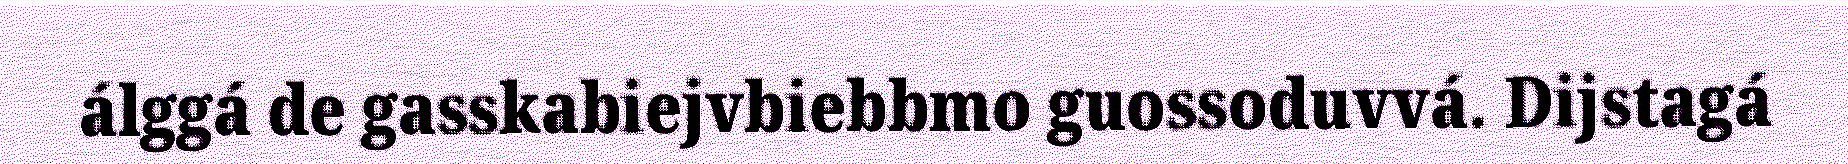
álggá de gasskabiejvbiebbmo guossoduvvá. Dijstagá